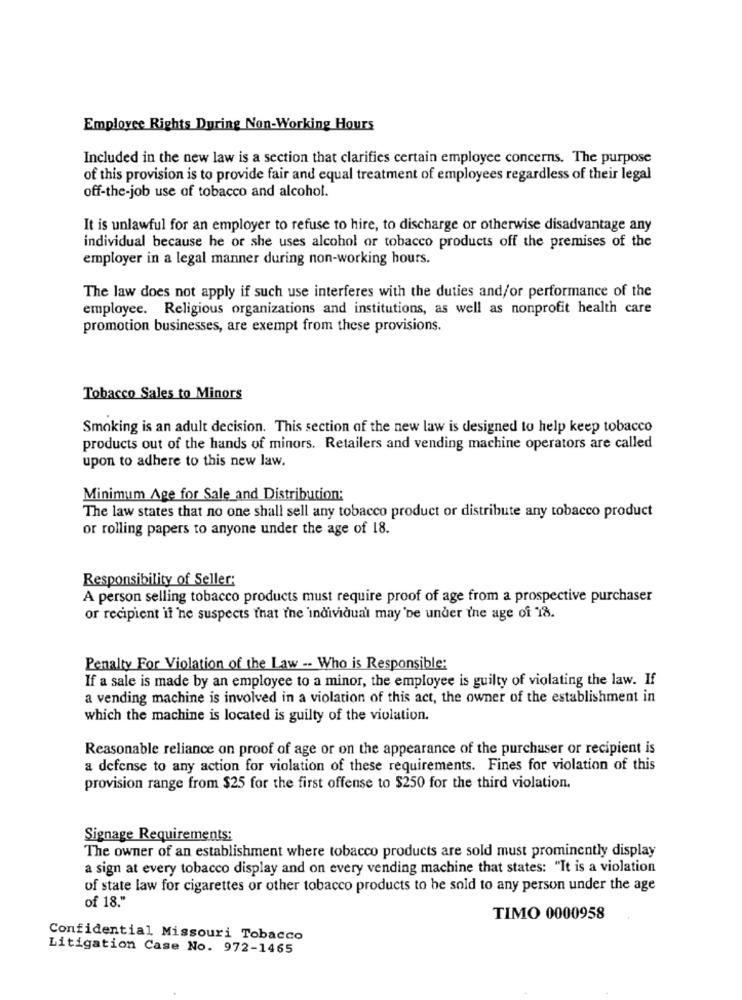
Employee Rights During Non-Working Hours
Included in the new law is a section that clarifies certain employee concerns. The purpose
of this provision is to provide fair and equal treatment of employees regardless of their legal
off-the-job use of tobacco and alcohol.
It is unlawful for an employer to refuse to hire, to discharge or otherwise disadvantage any
individual because he or she uses alcohol or tobacco products off the premises of the
employer in a legal manner during non-working hours.
The law does not apply if such use interferes with the duties and/or performance of the
employee. Religious organizations and institutions, as well as nonprofit health care
promotion businesses, are exempt from these provisions.
Tobacco Sales to Minors
Smoking is an adult decision. This section of the new law is designed to help keep tobacco
products out of the hands of minors. Retailers and vending machine operators are called
upon to adhere to this new law.
Minimum Age for Sale and Distribucion:
The law states that no one shall sell any tobacco product or distribute any tobacco product
or rolling papers to anyone under the age of 18.
Responsibility of Seller:
A person selling tobacco products must require proof of age from a prospective purchaser
or recipient if 'ne suspects that the individual may'be under the age of 18.
Penalty For Violation of the Law -- Who is Responsible:
If a sale is made by an employee to a minor, the employee is guilty of violating the law. If
a vending machine is involved in a violation of this act, the owner of the establishment in
which the machine is located is guilty of the violation.
Reasonable reliance on proof of age or on the appearance of the purchaser or recipient is
a defense to any action for violation of these requirements. Fines for violation of this
provision range from $25 for the first offense to $250 for the third violation.
Signage Requirements:
The owner of an establishment where tobacco products are sold must prominently display
a sign at every tobacco display and on every vending machine that states: "It is a violation
of state law for cigarettes or other tobacco products to be sold to any person under the age
of 18."
TIMO 0000958
Confidential Missouri Tobacco
Litigation Case No. 972-1465